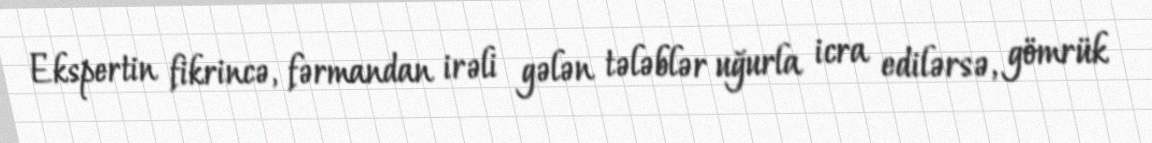
Ekspertin fikrincə, fərmandan irəli gələn tələblər uğurla icra edilərsə, gömrük